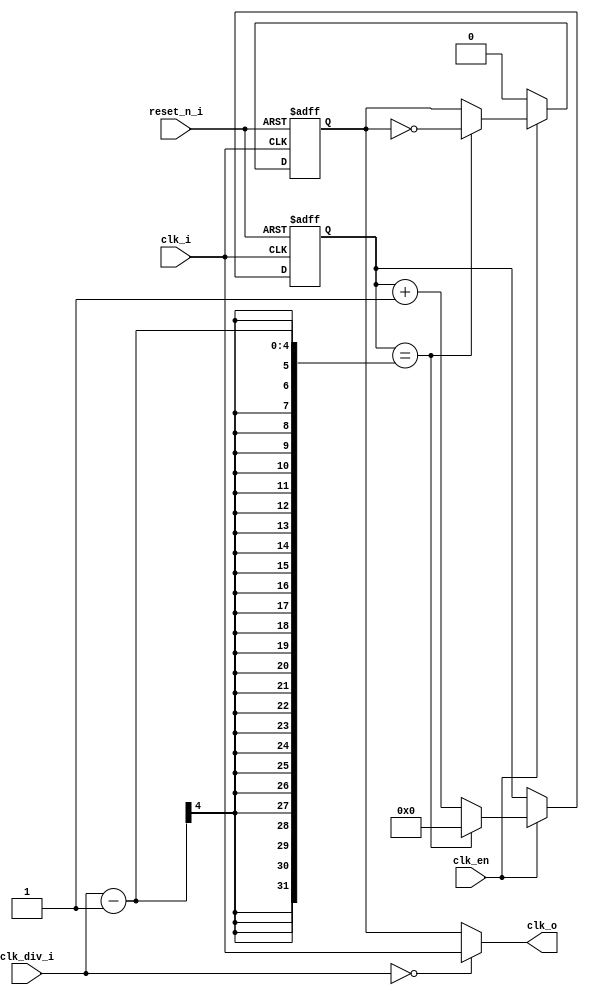
`timescale 1ns / 1ps
/*---------------------------------------------------------------------------------------------------------------------
-- Author:          Peter Hasza, hasza.peti@gmail.com
-- 
-- Create Date:     04/23/2017 
-- Module Name:     CLK_gen
-- Project Name:    AXI_SPI_IF
-- Description: 
--
------------------------------ REVISION HISTORY -----------------------------------------------------------------------
--
-- 2017.apr.2	|	hp3265	||	Initial version
--
-----------------------------------------------------------------------------------------------------------------------
-- TODO
--  ====
--
-----------------------------------------------------------------------------------------------------------------------*/
module CLK_gen (
	input 			clk_i,
	input				reset_n_i,
	input				clk_en,
      //input                    cpol_y,
	input [3:0]		      clk_div_i,
	output 			clk_o
);
	    
	reg clk_y;
	reg [3:0] clk_cnt_y;
	
	always@(posedge clk_i,negedge reset_n_i)
	begin
		if (!reset_n_i)
		begin
			clk_cnt_y <= 0;
			clk_y <= 0;
		end
		else if(clk_en)
		begin
			if(clk_cnt_y == clk_div_i-1)
			begin
				clk_y <= ~clk_y; 
				clk_cnt_y <= 0;
			end
			else 
				clk_cnt_y <= clk_cnt_y +1;
		end
            else 
                   clk_y <= 0;
	end
	
	assign clk_o = (clk_div_i==0) ? clk_i : clk_y;

endmodule